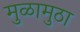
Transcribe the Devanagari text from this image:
मुळामुठा